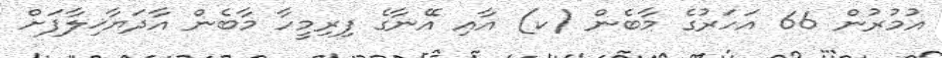
އުމުރުން 66 އަހަރުގެ މާބެން (ކ) އާއި އޭނާގެ ފިރިމީހާ މާބެން އާދަޔާޚިލާފަށް